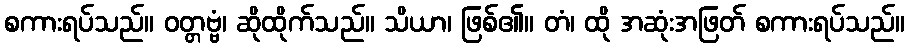
စကားရပ်သည်။ ဝတ္တဗ္ဗံ၊ ဆိုထိုက်သည်။ သိယာ၊ ဖြစ်၏။ တံ၊ ထို အဆုံးအဖြတ် စကားရပ်သည်။